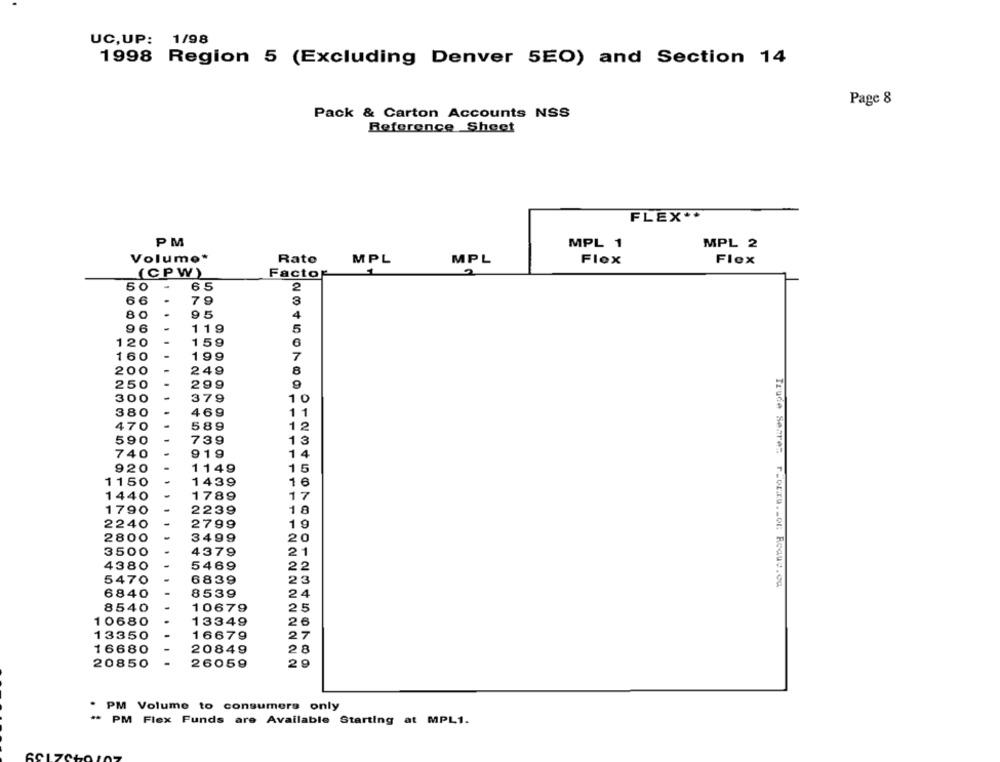
UC,UP: 1/98
1998 Region 5 (Excluding Denver 5EO) and Section 14
Page 8
Pack & Carton Accounts NSS
Reference Sheet
FLEX **
PM
MPL 1
MPL 2
Volume*
Rato
MPL
Flex
MPL
Flex
(CPW)
Factor
50
-
65
2
66
79
3
80
95
4
96
5
119
120
159
160
-
199
7
200
249
8
250
299
9
30
379
10
380
469
11
470
589
12
59
739
13
740
919
14
2
1149
15
15
1439
16
4.
1789
17
7
2239
18
22
2799
19
280
3499
20
35
4379
21
438
546
22
4
683
23
Trude Sezre: r.ozza .. or Roauv.ca
68
14
853
24
8
4
106
25
68
133
2
13350
1667
2
668
20849
2
20850
26059
2
. PM Volume to consumers only
** PM Flex Funds are Available Starting at MPL1.